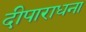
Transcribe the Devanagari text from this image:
दीपाराधना